Indian journal of veterinary science and animal husbandry - Volume 2,
Year: 1932
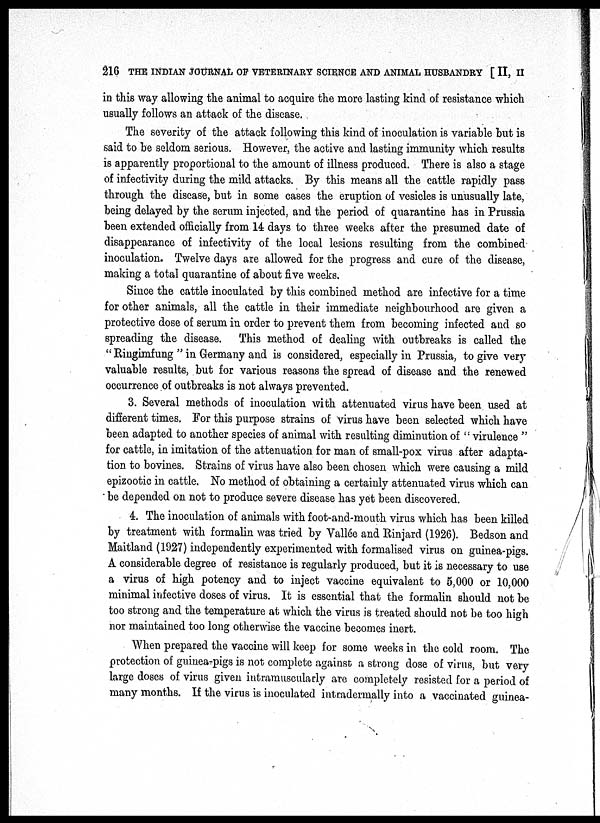
216 THE INDIAN JOURNAL OF VETERINARY SCIENCE AND ANIMAL HUSBANDRY [ II, II
in this way allowing the animal to acquire the more lasting kind of resistance which
usually follows an attack of the disease.
The severity of the attack following this kind of inoculation is variable but is
said to be seldom serious. However, the active and lasting immunity which results
is apparently proportional to the amount of illness produced. There is also a stage
of infectivity during the mild attacks. By this means all the cattle rapidly pass
through the disease, but in some cases the eruption of vesicles is unusually late,
being delayed by the serum injected, and the period of quarantine has in Prussia
been extended officially from 14 days to three weeks after the presumed date of
disappearance of infectivity of the local lesions resulting from the combined
inoculation. Twelve days are allowed for the progress and cure of the disease,
making a total quarantine of about five weeks.
Since the cattle inoculated by this combined method are infective for a time
for other animals, all the cattle in their immediate neighbourhood are given a
protective dose of serum in order to prevent them from becoming infected and so
spreading the disease. This method of dealing with outbreaks is called the
" Ringimfung " in Germany and is considered, especially in Prussia, to give very
valuable results, but for various reasons the spread of disease and the renewed
occurrence of outbreaks is not always prevented.
3. Several methods of inoculation with attenuated virus have been used at
different times. For this purpose strains of virus have been selected which have
been adapted to another species of animal with resulting diminution of " virulence "
for cattle, in imitation of the attenuation for man of small-pox virus after adapta-
tion to bovines. Strains of virus have also been chosen which were causing a mild
epizootic in cattle. No method of obtaining a certainly attenuated virus which can
be depended on not to produce severe disease has yet been discovered.
4. The inoculation of animals with foot-and-mouth virus which has been killed
by treatment with formalin was tried by Vallée and Rinjard (1926). Bedson and
Maitland (1927) independently experimented with formalised virus on guinea-pigs.
A considerable degree of resistance is regularly produced, but it is necessary to use
a virus of high potency and to inject vaccine equivalent to 5,000 or 10,000
minimal infective doses of virus. It is essential that the formalin should not be
too strong and the temperature at which the virus is treated should not be too high
nor maintained too long otherwise the vaccine becomes inert.
When prepared the vaccine will keep for some weeks in the cold room. The
protection of guinea-pigs is not complete against a strong dose of virus, but very
large doses of virus given intramuscularly are completely resisted for a period of
many months. If the virus is inoculated intradermally into a vaccinated guinea-